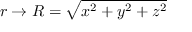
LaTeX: r \to R = { \sqrt { x ^ { 2 } + y ^ { 2 } + z ^ { 2 } } }